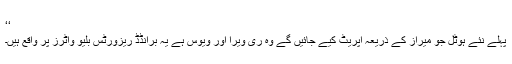
‘‘
پہلے نئے ہوٹل جو میراز کے ذریعہ آپریٹ کیے جائیں گے وہ ری ویرا اور ویوس ہے یہ برانڈڈ ریزورٹس بلیو واٹرز پر واقع ہیں۔